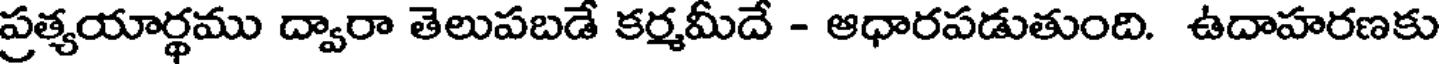
ప్రత్యయార్థము ద్వారా తెలుపబడే కర్మమీదే - ఆధారపడుతుంది. ఉదాహరణకు